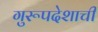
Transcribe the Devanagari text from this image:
गुरूपदेशाची